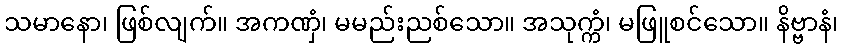
သမာနော၊ ဖြစ်လျက်။ အကဏှံ၊ မမည်းညစ်သော။ အသုက္ကံ၊ မဖြူစင်သော။ နိဗ္ဗာနံ၊